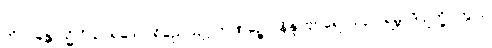
ကိလန္တောသ္မိ ဝိသာရဒေါ ပရိညေယျဂ္ဂဟဏဉ္စေဝ နိန္ဒာဗျာရောသဥပါရမ္ဘာဒိ ဥက္ခိပိတွာပိ